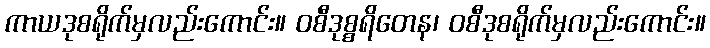
ကာယဒုစရိုက်မှလည်းကောင်း။ ဝစီဒုစ္စရိတေန၊ ဝစီဒုစရိုက်မှလည်းကောင်း။